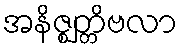
အနိဇ္ဈတ္တိဗလာ